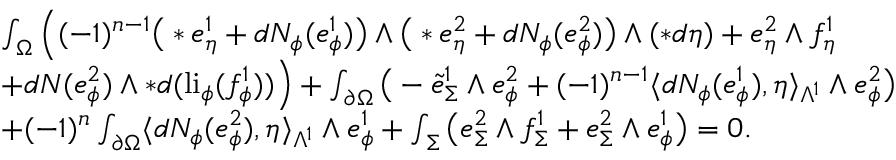
\begin{array} { r l } & { \int _ { \Omega } \Big ( ( - 1 ) ^ { n - 1 } \big ( \ast e _ { \eta } ^ { 1 } + d N _ { \phi } ( e _ { \phi } ^ { 1 } ) \big ) \wedge \big ( \ast e _ { \eta } ^ { 2 } + d N _ { \phi } ( e _ { \phi } ^ { 2 } ) \big ) \wedge ( \ast d \eta ) + e _ { \eta } ^ { 2 } \wedge f _ { \eta } ^ { 1 } } \\ & { + d N ( e _ { \phi } ^ { 2 } ) \wedge \ast d ( \mathrm { l i } _ { \phi } ( f _ { \phi } ^ { 1 } ) ) \Big ) + \int _ { \partial \Omega } \big ( - \tilde { e } _ { \Sigma } ^ { 1 } \wedge e _ { \phi } ^ { 2 } + ( - 1 ) ^ { n - 1 } \langle d N _ { \phi } ( e _ { \phi } ^ { 1 } ) , \eta \rangle _ { \Lambda ^ { 1 } } \wedge e _ { \phi } ^ { 2 } \big ) } \\ & { + ( - 1 ) ^ { n } \int _ { \partial \Omega } \langle d N _ { \phi } ( e _ { \phi } ^ { 2 } ) , \eta \rangle _ { \Lambda ^ { 1 } } \wedge e _ { \phi } ^ { 1 } + \int _ { \Sigma } \big ( e _ { \Sigma } ^ { 2 } \wedge f _ { \Sigma } ^ { 1 } + e _ { \Sigma } ^ { 2 } \wedge e _ { \phi } ^ { 1 } \big ) = 0 . } \end{array}